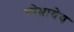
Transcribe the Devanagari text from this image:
सोभ्नायेय